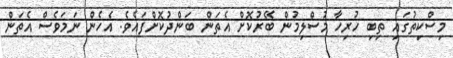
މިސްކިތުގައި ތިބި ހުރިހާ މުސްލިމުން ބޭރުކޮށް އެތަން ބަންދުކޮށްފައެވެ. އެހެން ނަމަވެސް އެތަން